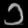
Digit: ၁